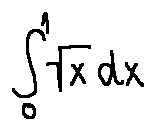
\int \limits _ { 0 } ^ { 1 } \sqrt { x } d x